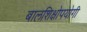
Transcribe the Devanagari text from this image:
बालशिक्षोपयोगी